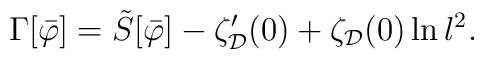
\Gamma [\bar{\varphi}] = \tilde{S}[\bar{\varphi}] - \zeta_{\cal D}'(0) +\zeta_{\cal D}(0)\ln l^2 .